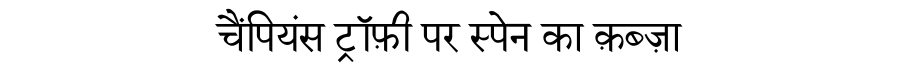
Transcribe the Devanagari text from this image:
चैंपियंस ट्रॉफ़ी पर स्पेन का क़ब्ज़ा